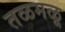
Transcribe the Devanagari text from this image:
तळमळू